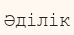
Әділік